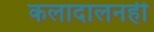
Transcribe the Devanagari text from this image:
कलादालनही